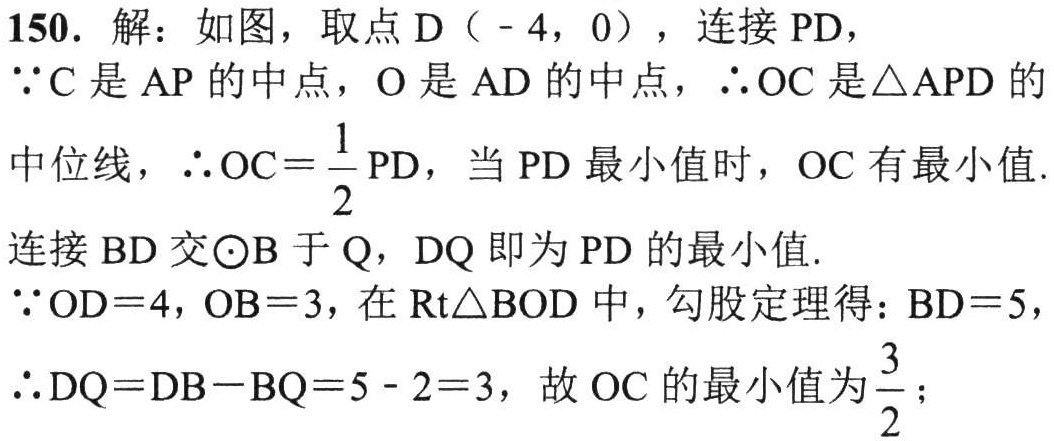
150. 解：如图，取点 \(D（- 4,0）\)，连接 \(PD\)，
\(\because C\) 是 \(AP\) 的中点，\(O\) 是 \(AD\) 的中点，\(\therefore OC\) 是 \(\triangle APD\) 的
中位线，\(\therefore OC = \dfrac{1}{2}PD\)，当 \(PD\) 最小值时，\(OC\) 有最小值.
连接 \(BD\) 交 \(\odot B\) 于 \(Q\)，\(DQ\) 即为 \(PD\) 的最小值.
\(\because OD = 4\)，\(OB = 3\)，在 \(Rt\triangle BOD\) 中，勾股定理得：\(BD = 5\)，
\(\therefore DQ=DB - BQ = 5 - 2 = 3\)，故 \(OC\) 的最小值为 \(\dfrac{3}{2}\)；